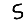
Digit: 5